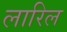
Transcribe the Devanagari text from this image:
लारिल